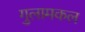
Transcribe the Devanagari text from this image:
गुलामकल